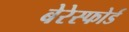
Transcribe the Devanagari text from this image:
बेरेस्फोर्ड